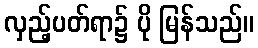
လှည့်ပတ်ရာ၌ ပို မြန်သည်။